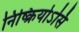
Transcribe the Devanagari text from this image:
निष्क्रियोऽसि